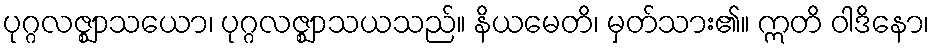
ပုဂ္ဂလဇ္ဈာသယော၊ ပုဂ္ဂလဇ္ဈာသယသည်။ နိယမေတိ၊ မှတ်သား၏။ ဣတိ ဝါဒိနော၊